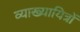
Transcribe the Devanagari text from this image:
व्याख्यायित्रों